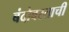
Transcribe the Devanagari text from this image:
बंदोबस्ताची